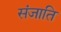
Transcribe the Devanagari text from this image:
संजाति